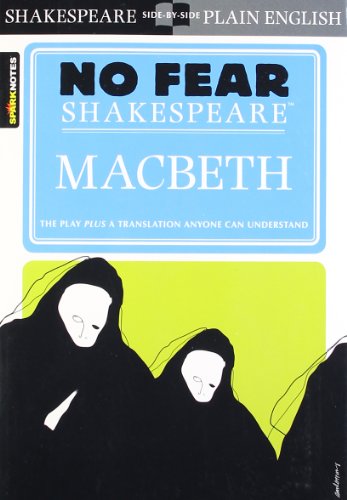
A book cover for Macbeth (No Fear Shakespeare); William Shakespeare; Literature & Fiction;